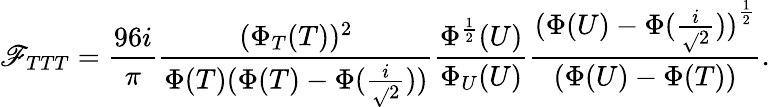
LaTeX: \mathscr{F}_{TTT}=\frac{{96i}}{{\pi}}\frac{{(\Phi_{T}(T))^{2}}}{{\Phi(T)(\Phi(T)-\Phi(\frac{{i}}{{\sqrt{}{{2}}}}))}}\frac{{\Phi^{\frac{{1}}{{2}}}(U)}}{{\Phi_{U}(U)}}\frac{{{(\Phi(U)-\Phi(\frac{{i}}{{\sqrt{}{{2}}}}))}^{\frac{{1}}{{2}}}}}{{(\Phi(U)-\Phi(T))}}.